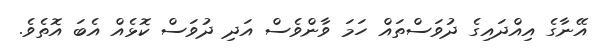
އޭނާގެ އިއްދައިގެ ދުވަސްތައް ހަމަ ވާންވެސް އަދި ދުވަސް ކޮޅެއް އެބަ އޮތެވެ.